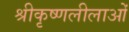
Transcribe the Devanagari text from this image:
श्रीकृष्णलीलाओं